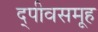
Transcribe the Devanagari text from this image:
द्पीवसमूह